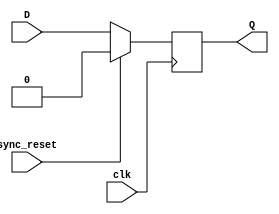
module partha_dff_update_1(D,clk,sync_reset,Q);
input D, clk, sync_reset; 
output reg Q; 
always @(posedge clk) 
begin
 if(sync_reset==1'b1)
  Q <= 1'b0; 
 else 
  Q <= D; 
end 
endmodule